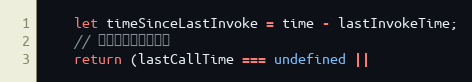
Language: JavaScript
    let timeSinceLastInvoke = time - lastInvokeTime;
    // 几种满足条件的情况
    return (lastCallTime === undefined ||